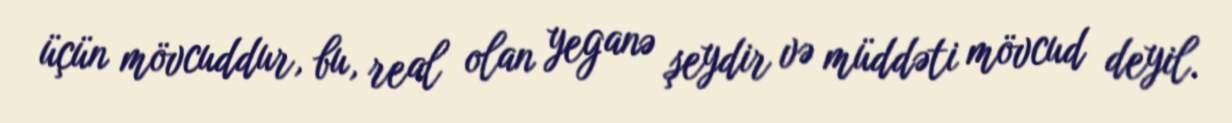
üçün mövcuddur, bu, real olan yeganə şeydir və müddəti mövcud deyil.